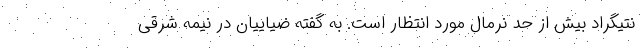
نتیگراد بیش از حد نرمال مورد انتظار است. به گفته ضیاییان در نیمه شرقی